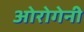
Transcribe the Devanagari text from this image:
ओरोगेनी